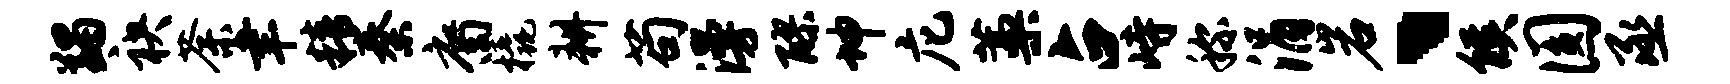
蠲袂荼聿精秦裔橇耕苟漫醪坤庀藁占峙称涓岩、候圆丞